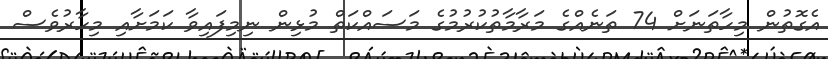
އެގޮތުން މިހާތަނަށް 74 ތަނެއްގެ މަރާމާތުކުރުމުގެ މަސައްކަތް މުޅިން ނިމިފައިވާ ކަމަށާއި މިހާރުވެސް